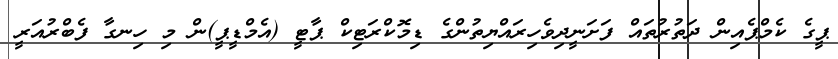
ޕީގެ ކެމްޕެއިން ދަތުރުތައް ފަށަނީދިވެހިރައްޔިތުންގެ ޑިމޮކްރަޓިކް ޕާޓީ (އެމްޑީޕީ)ން މި ހިނގާ ފެބްރުއަރީ